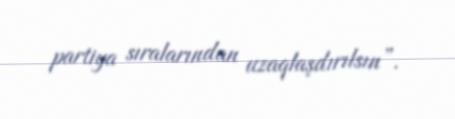
partiya sıralarından uzaqlaşdırılsın”.